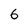
Character: 6